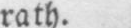
rath.